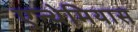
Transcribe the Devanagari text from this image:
एन्थेमियास